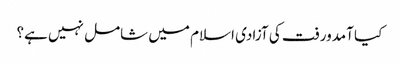
کیا آمدورفت کی آزادی اسلام میں شامل نہیں ہے؟